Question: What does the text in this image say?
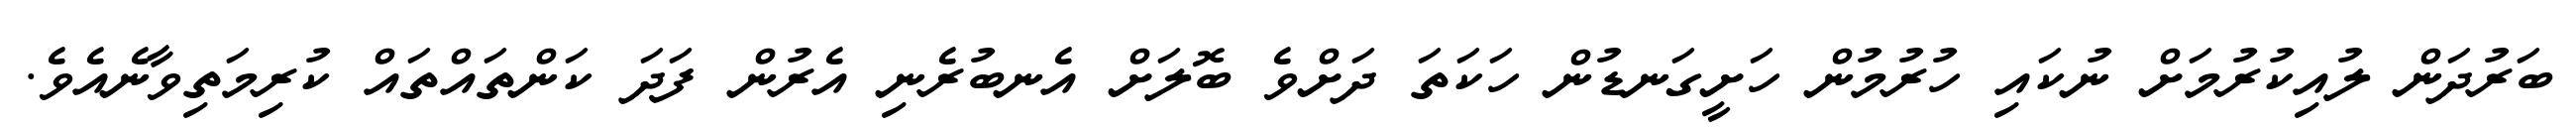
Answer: ބަރުދަން ލުއިކުރުމަށް ނުކައި ހުރުމުން ހަށީގަނޑުން ހަކަތަ ދަށްވެ ބޮލަށް އެނބުރެނި އެރުން ފަދަ ކަންތައްތައް ކުރިމަތިވާނެއެވެ.